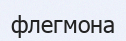
флегмона